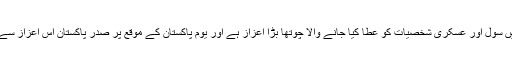
یاد رہے کہ تمغہ امتیاز پاکستان میں سِول اور عسکری شخصیات کو عطا کیا جانے والا چوتھا بڑا اعزاز ہے اور یوم پاکستان کے موقع پر صدر پاکستان اس اعزاز سے منتخب شخصیات کو نوازتے ہیں۔